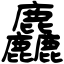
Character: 麤